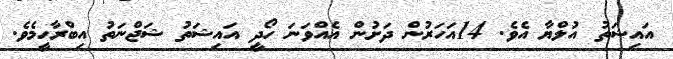
އައިޝަތު އުލްޔާ އެވެ. 14އަހަރުން ދަށުން އެއްވަނަ ހޯދީ އައިޝަތު ޝަޖްނަތު އިބްރާހީމެވެ.